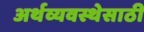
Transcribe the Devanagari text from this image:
अर्थव्यवस्थेसाठी